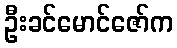
ဦးခင်မောင်ဇော်က